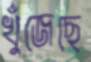
খুঁজেছে